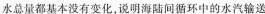
水总量都基本没有变化，说明海陆间循环中的水汽输送